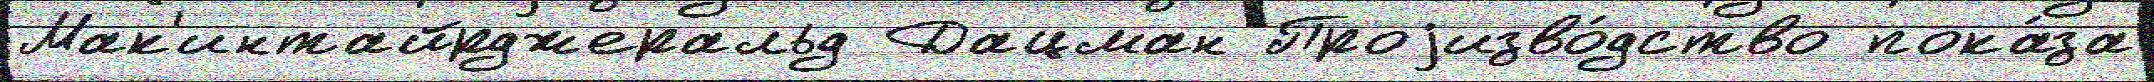
Мак'интайрджеральд Дацман Проjизво́дство пока́за